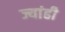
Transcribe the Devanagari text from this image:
ज्यांही